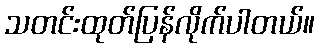
သတင်းထုတ်ပြန်လိုက်ပါတယ်။